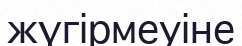
жүгірмеуіне